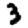
Digit: 3